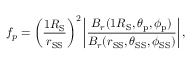
f _ { p } = \left( \frac { 1 R _ { \mathrm { S } } } { r _ { \mathrm { S S } } } \right) ^ { 2 } \left| \frac { B _ { r } ( 1 R _ { \mathrm { S } } , \theta _ { \mathrm { p } } , \phi _ { \mathrm { p } } ) } { B _ { r } ( r _ { \mathrm { S S } } , \theta _ { \mathrm { S S } } , \phi _ { \mathrm { S S } } ) } \right| ,